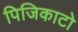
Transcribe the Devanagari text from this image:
पिजिकाटो